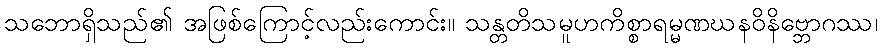
သဘောရှိသည်၏ အဖြစ်ကြောင့်လည်းကောင်း။ သန္တတိသမူဟကိစ္စာရမ္မဏဃနဝိနိဗ္ဘောဂဿ၊